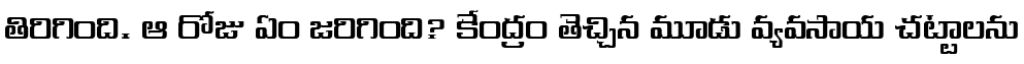
తిరిగింది. ఆ రోజు ఏం జరిగింది? కేంద్రం తెచ్చిన మూడు వ్యవసాయ చట్టాలను